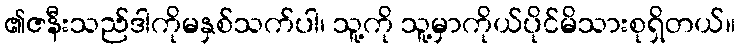
၏ဇနီးသည်ဒါကိုမနှစ်သက်ပါ၊ သူ့ကို သူ့မှာကိုယ်ပိုင်မိသားစုရှိတယ်။